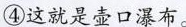
④这就是壶口瀑布。